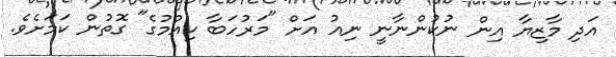
އަދި މާޒިޔާ އިން ނުކުންނާނީ ނިއު އަށް "މަރުހަބާ ކިއުމުގެ" ގޮތުން ކަމަށެވެ.